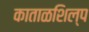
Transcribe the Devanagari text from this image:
काताळशिल्प